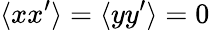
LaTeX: \langle{xx^{\prime}}\rangle=\langle{yy^{\prime}}\rangle=0